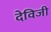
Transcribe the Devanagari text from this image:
देविजी